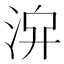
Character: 𣴁